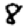
Digit: 8